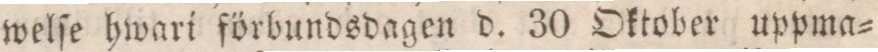
welſe hwari förbundsdagen d. 30 Oktober uppma=